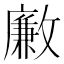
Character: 𣀊